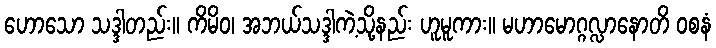
ဟောသော သဒ္ဒါတည်း။ ကိမိဝ၊ အဘယ်သဒ္ဒါကဲ့သို့နည်း ဟူမူကား။ မဟာမောဂ္ဂလ္လာနောတိ ဝစနံ